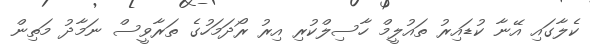
ކެލާގައި އޭނާ ކުޑައިރު ތައުލީމް ހާސިލްކުރި އިރު ރޯދަމަހުގެ ތަރާވީސް ނަމާދު މަތިން